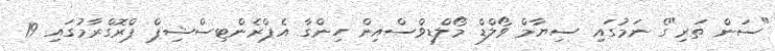
"ސަން ތަރި"ގެ ނަމުގައި ސިޔާމް ވޯލްޑް މޯލްޑިވްސްއިން ހިންގާ އެޕްރެންޓިސްޝިޕް ޕްރޮގްރާމުގައި 19